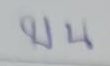
บน